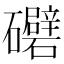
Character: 𥗲